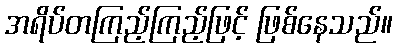
အရိပ်တကြည့်ကြည့်ဖြင့် ဖြစ်နေသည်။